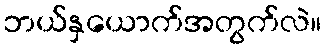
ဘယ်နှယောက်အတွက်လဲ။